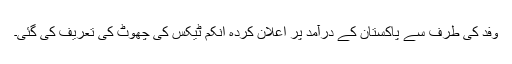
وفد کی طرف سے پاکستان کے درآمد پر اعلان کردہ انکم ٹیکس کی چھوٹ کی تعریف کی گئی۔